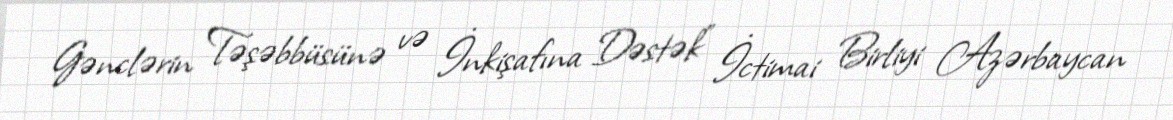
Gənclərin Təşəbbüsünə və İnkişafına Dəstək” İctimai Birliyi Azərbaycan